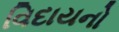
વિદાયનો